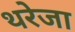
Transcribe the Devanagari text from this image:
थरेजा